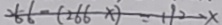
2 6 6 - ( 2 6 6 - x ) = 1 9 2 - x